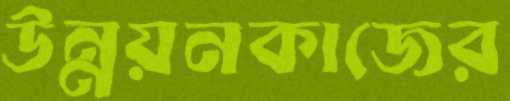
উন্নয়নকাজের